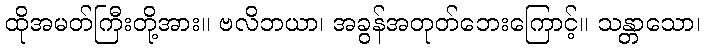
ထိုအမတ်ကြီးတို့အား။ ဗလိဘယာ၊ အခွန်အတုတ်ဘေးကြောင့်။ သန္တာသော၊